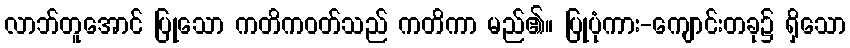
လာဘ်တူအောင် ပြုသော ကတိကဝတ်သည် ကတိကာ မည်၏။ ပြုပုံကား-ကျောင်းတခု၌ ရှိသော